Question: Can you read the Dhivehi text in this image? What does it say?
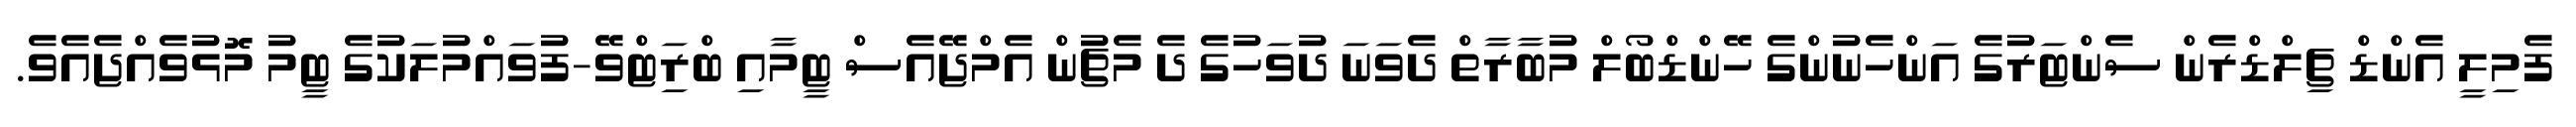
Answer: ފެމިލީ އެންޑް ޗިލްޑްރެން ސެންޓަރުގެ އަންހެނުންގެ ހޭންޑްބޯލް މުބާރާތް ދެވަނަ ދުވަހުގެ ދެ މެޗުން އެމްޖޭއެސް ޓީމާއި ބްރަިޓްވޭ-ފުވައްމުލަކުގެ ޓީމު މޮޅުވެއްޖެއެވެ.